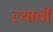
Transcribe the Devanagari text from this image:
ल्यावी